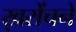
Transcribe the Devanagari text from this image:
ख़रोंचने